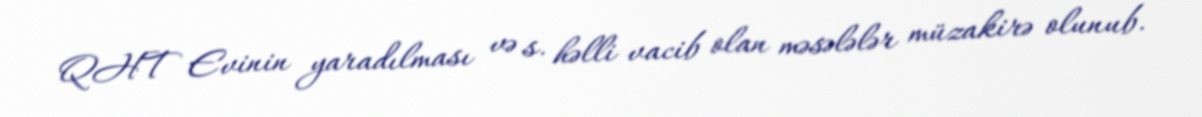
QHT Evinin yaradılması və s. həlli vacib olan məsələlər müzakirə olunub.